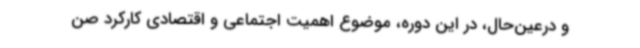
و درعین‌حال، در این دوره، موضوع اهمیت اجتماعی و اقتصادی کارکرد صن